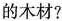
的木材?